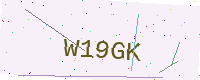
Text: W19GK